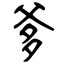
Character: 爹